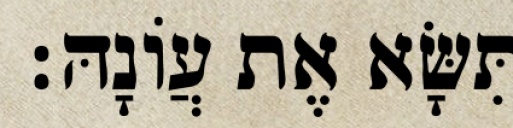
תִּשָּׂא אֶת עֲוֹנָהּ׃